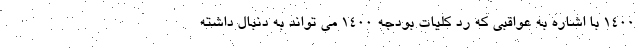
۱۴۰۰ با اشاره به عواقبی که رد کلیات بودجه ۱۴۰۰ می تواند به دنبال داشته